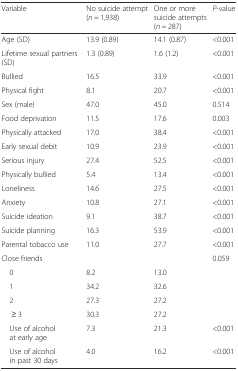
<table><thead><tr><td><b>Variable</b></td><td><b>No suicide attempt (<i>n</i> = 1,938)</b></td><td><b>One or more suicide attempts (<i>n</i> = 287)</b></td><td><b><i>P</i>-value</b></td></tr></thead><tbody><tr><td>Age (SD)</td><td>13.9 (0.89)</td><td>14.1 (0.87)</td><td>&lt;0.001</td></tr><tr><td>Lifetime sexual partners (SD)</td><td>1.3 (0.89)</td><td>1.6 (1.2)</td><td>&lt;0.001</td></tr><tr><td>Bullied</td><td>16.5</td><td>33.9</td><td>&lt;0.001</td></tr><tr><td>Physical fight</td><td>8.1</td><td>20.7</td><td>&lt;0.001</td></tr><tr><td>Sex (male)</td><td>47.0</td><td>45.0</td><td>0.514</td></tr><tr><td>Food deprivation</td><td>11.5</td><td>17.6</td><td>0.003</td></tr><tr><td>Physically attacked</td><td>17.0</td><td>38.4</td><td>&lt;0.001</td></tr><tr><td>Early sexual debit</td><td>10.9</td><td>23.9</td><td>&lt;0.001</td></tr><tr><td>Serious injury</td><td>27.4</td><td>52.5</td><td>&lt;0.001</td></tr><tr><td>Physically bullied</td><td>5.4</td><td>13.4</td><td>&lt;0.001</td></tr><tr><td>Loneliness</td><td>14.6</td><td>27.5</td><td>&lt;0.001</td></tr><tr><td>Anxiety</td><td>10.8</td><td>27.1</td><td>&lt;0.001</td></tr><tr><td>Suicide ideation</td><td>9.1</td><td>38.7</td><td>&lt;0.001</td></tr><tr><td>Suicide planning</td><td>16.3</td><td>53.9</td><td>&lt;0.001</td></tr><tr><td>Parental tobacco use</td><td>11.0</td><td>27.7</td><td>&lt;0.001</td></tr><tr><td colspan="3">Close friends</td><td>0.059</td></tr><tr><td> 0</td><td>8.2</td><td>13.0</td><td></td></tr><tr><td> 1</td><td>34.2</td><td>32.6</td><td></td></tr><tr><td> 2</td><td>27.3</td><td>27.2</td><td></td></tr><tr><td>≥ 3</td><td>30.3</td><td>27.2</td><td></td></tr><tr><td> Use of alcohol at early age</td><td>7.3</td><td>21.3</td><td>&lt;0.001</td></tr><tr><td> Use of alcohol in past 30 days</td><td>4.0</td><td>16.2</td><td>&lt;0.001</td></tr></tbody></table>